Indian journal of veterinary science and animal husbandry - Volume 6,
Year: 1936
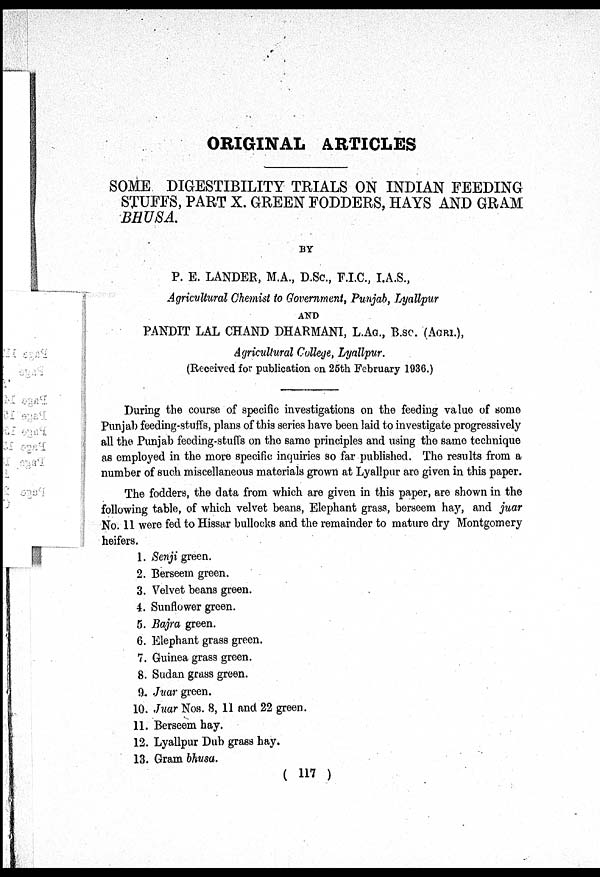
ORIGINAL ARTICLES
SOME DIGESTIBILITY TRIALS ON INDIAN FEEDING
STUFFS, PART X. GREEN FODDERS, HAYS AND GRAM
BHUSA.
BY
P. E. LANDER, M.A., D.Sc., F.I.C., I.A.S.,
Agricultural Chemist to Government, Punjab, Lyallpur
AND
PANDIT LAL CHAND DHARMANI, L.AG., B.SC. (AGRI.),
Agricultural College, Lyallpur.
(Received for publication on 25th February 1936.)
During the course of specific investigations on the feeding value of some
Punjab feeding-stuffs, plans of this series have been laid to investigate progressively
all the Punjab feeding-stuffs on the same principles and using the same technique
as employed in the more specific inquiries so far published. The results from a
number of such miscellaneous materials grown at Lyallpur are given in this paper.
The fodders, the data from which are given in this paper, are shown in the
following table, of which velvet beans, Elephant grass, berseem hay, and juar
No. 11 were fed to Hissar bullocks and the remainder to mature dry Montgomery
heifers.
1. Senji green.
2. Berseem green.
3. Velvet beans green.
4. Sunflower green.
5. Bajra green.
6. Elephant grass green.
7. Guinea grass green.
8. Sudan grass green.
9. Juar green.
10. Juar Nos. 8, 11 and 22 green.
11. Berseem hay.
12. Lyallpur Dub grass hay.
13. Gram bhusa.
( 117 )